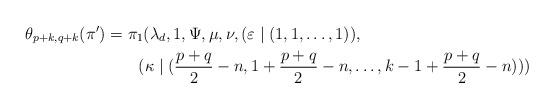
LaTeX: \begin{align*}\theta_{p+k,q+k}(\pi') & =\pi_{1}(\lambda_{d},1,\Psi,\mu,\nu,(\varepsilon\mid(1,1,\dots,1)),\\ & \qquad(\kappa\mid(\frac{p+q}{2}-n,1+\frac{p+q}{2}-n,\dots,k-1+\frac{p+q}{2}-n)))\end{align*}